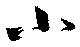
小